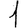
Digit: 1